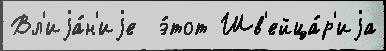
Вл'иjа́н'иjе  э́тот Шв'ейца́р'иjа